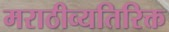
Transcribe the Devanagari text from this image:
मराठीव्यतिरिक्त